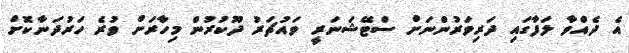
އެ ދެއްވާ ލަފާގައި ދަރިވަރުންނަށް ސްޓޭޝަނަރީ ވައުޗަރު ދޫކުރުން މިހާރަށް ވުރެ ހަރުދަނާކޮށް